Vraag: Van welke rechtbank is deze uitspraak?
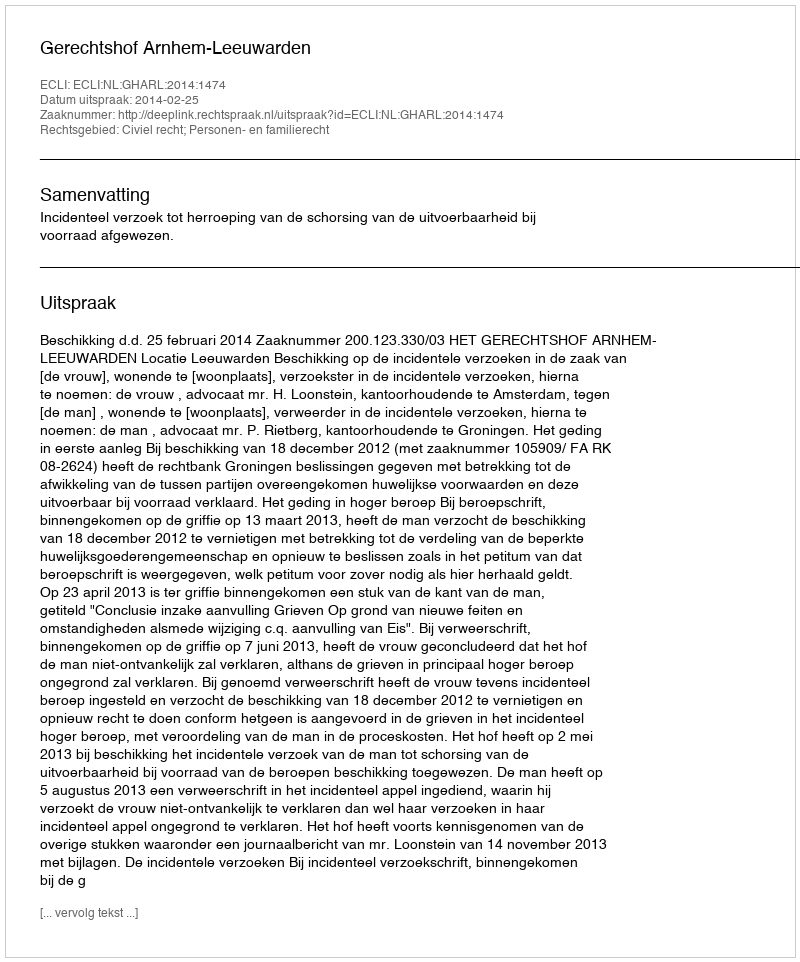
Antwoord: Gerechtshof Arnhem-Leeuwarden